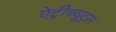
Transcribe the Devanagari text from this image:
ऐट्रीब्यूट्स